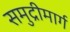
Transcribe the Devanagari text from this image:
समुद्रीमार्ग